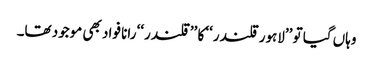
وہاں گیا تو ’’لاہور قلندر‘‘ کا ’’قلندر‘‘ رانا فواد بھی موجود تھا۔